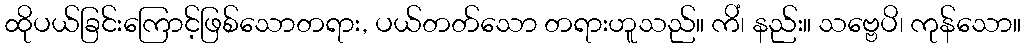
ထိုပယ်ခြင်းကြောင့်ဖြစ်သောတရား, ပယ်တတ်သော တရားဟူသည်။ ကိံ၊ နည်း။ သဗ္ဗေပိ၊ ကုန်သော။